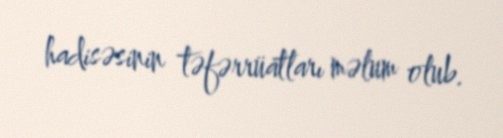
hadisəsinin təfərrüatları məlum olub.